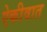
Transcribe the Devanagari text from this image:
ऐकीवात